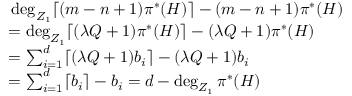
\begin{array} { r l } & { \indent \deg _ { Z _ { 1 } } \lceil ( m - n + 1 ) \pi ^ { * } ( H ) \rceil - ( m - n + 1 ) \pi ^ { * } ( H ) } \\ & { = \deg _ { Z _ { 1 } } \lceil ( \lambda Q + 1 ) \pi ^ { * } ( H ) \rceil - ( \lambda Q + 1 ) \pi ^ { * } ( H ) } \\ & { = \sum _ { i = 1 } ^ { d } \lceil ( \lambda Q + 1 ) b _ { i } \rceil - ( \lambda Q + 1 ) b _ { i } } \\ & { = \sum _ { i = 1 } ^ { d } \lceil b _ { i } \rceil - b _ { i } = d - \deg _ { Z _ { 1 } } \pi ^ { * } ( H ) } \end{array}